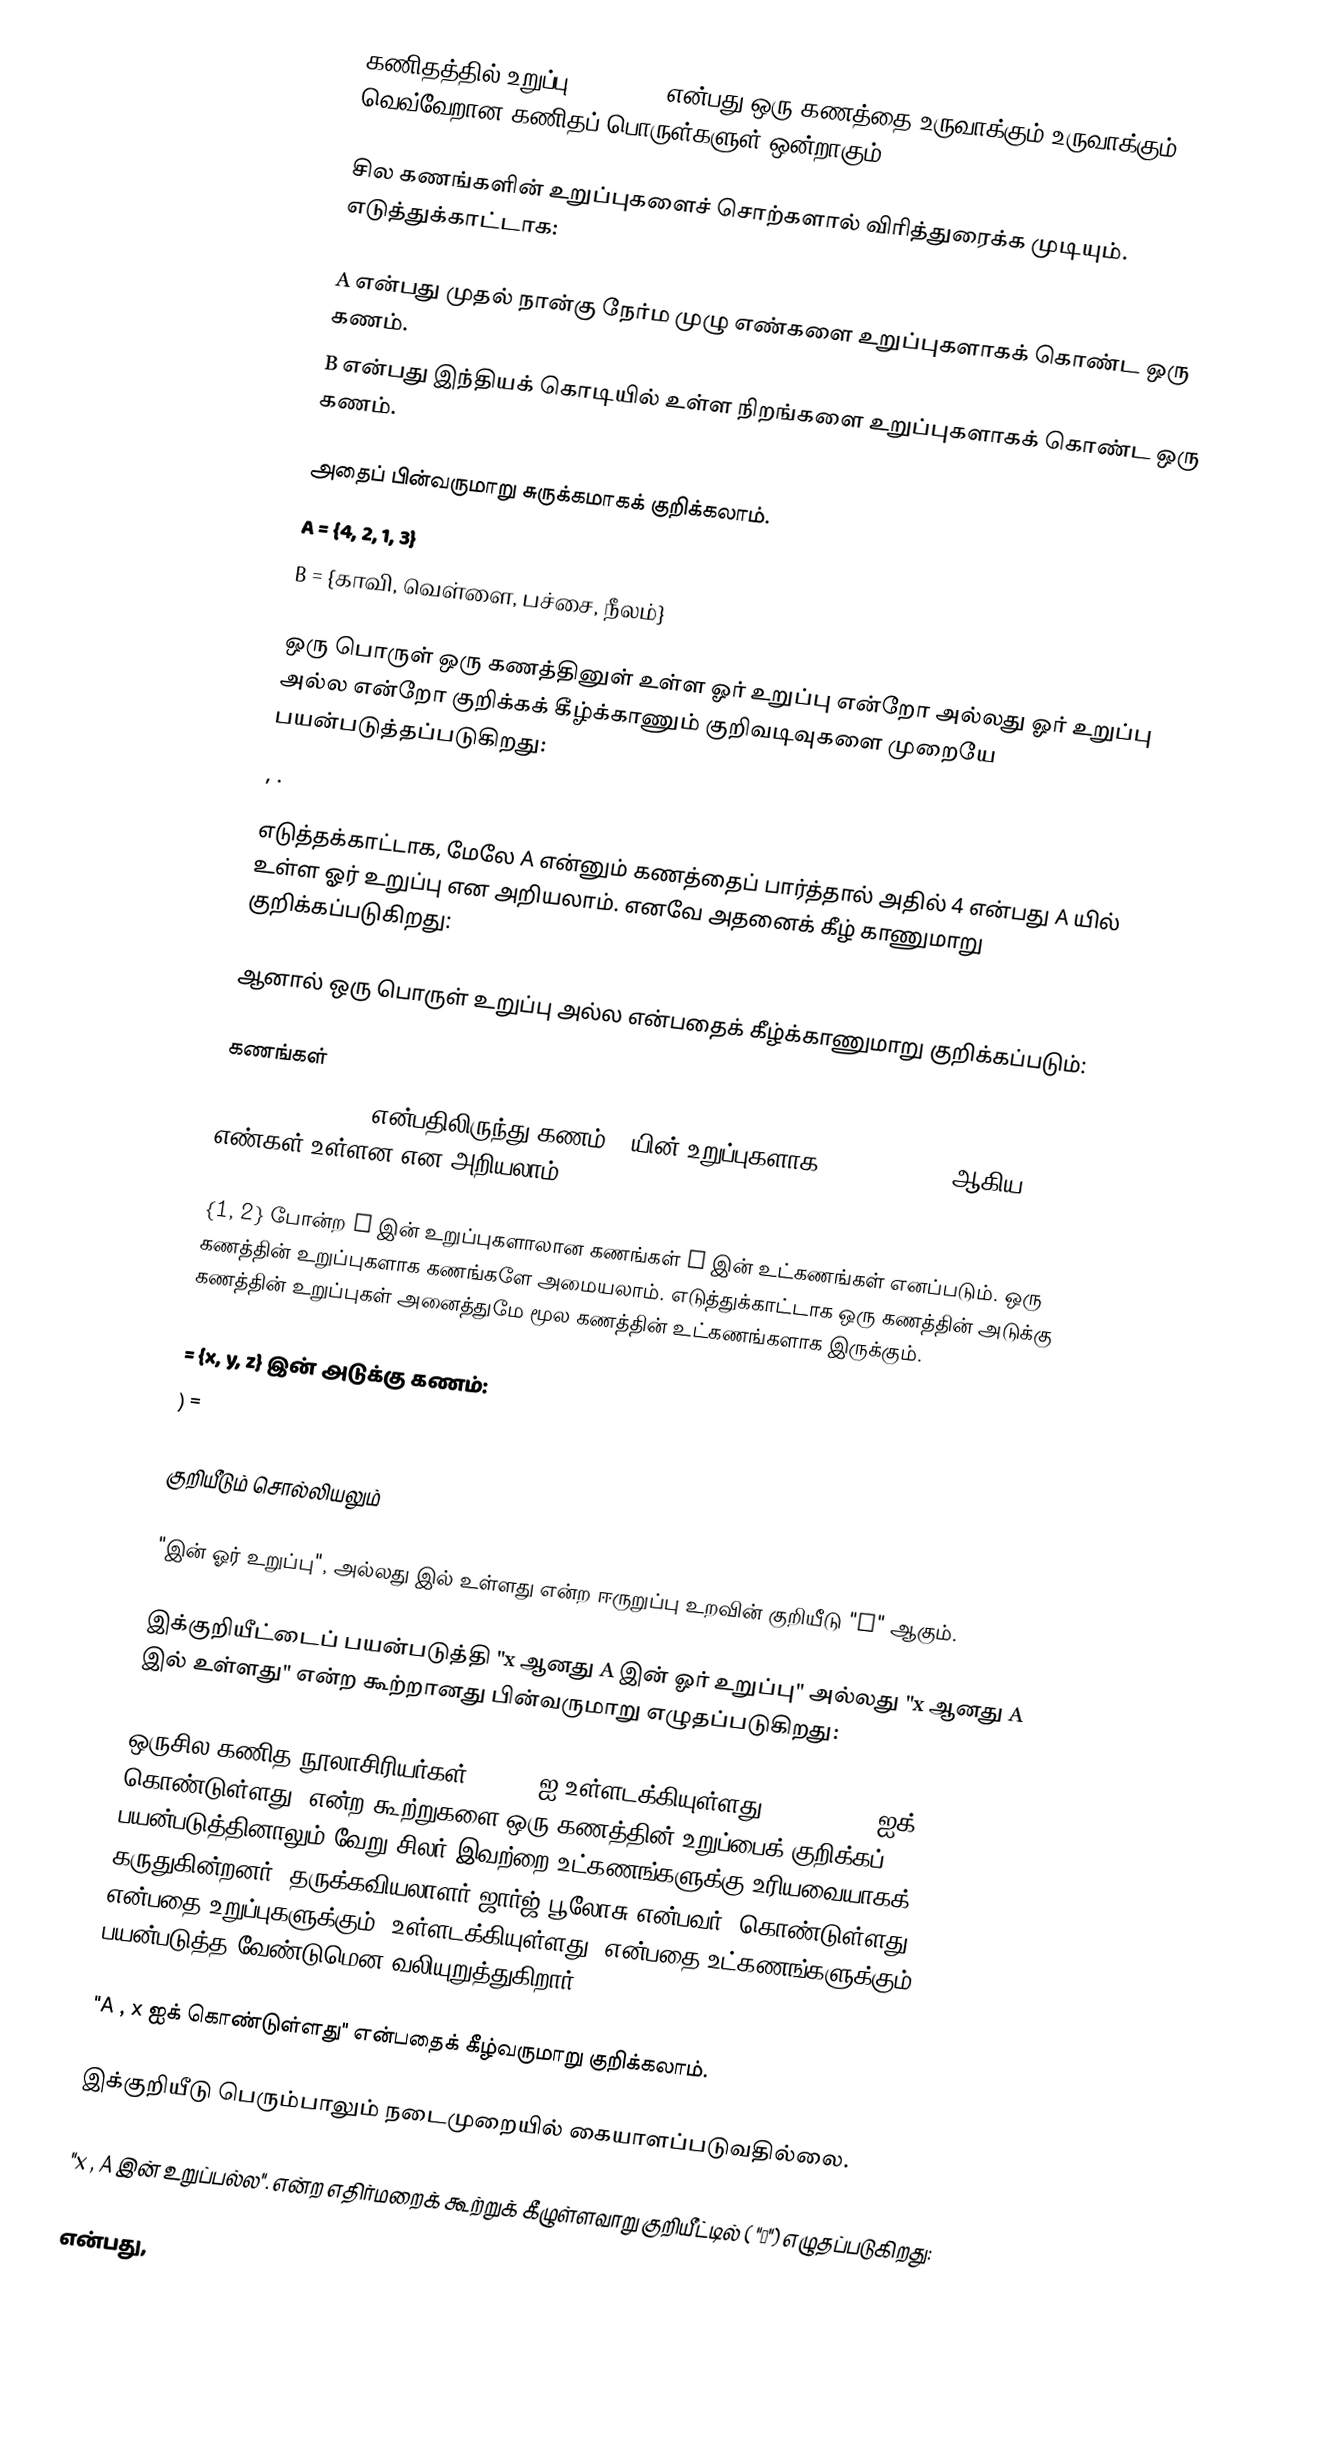
கணிதத்தில் உறுப்பு (element) என்பது ஒரு கணத்தை உருவாக்கும் உருவாக்கும் வெவ்வேறான கணிதப் பொருள்களுள் ஒன்றாகும்.

சில கணங்களின் உறுப்புகளைச் சொற்களால் விரித்துரைக்க முடியும். எடுத்துக்காட்டாக:

A என்பது முதல் நான்கு நேர்ம முழு எண்களை உறுப்புகளாகக் கொண்ட ஒரு கணம்.
B என்பது இந்தியக் கொடியில் உள்ள நிறங்களை உறுப்புகளாகக் கொண்ட ஒரு கணம்.

அதைப் பின்வருமாறு சுருக்கமாகக் குறிக்கலாம்.
A = {4, 2, 1, 3}
B = {காவி, வெள்ளை, பச்சை, நீலம்}

ஒரு பொருள் ஒரு கணத்தினுள் உள்ள ஓர் உறுப்பு என்றோ அல்லது ஓர் உறுப்பு அல்ல என்றோ குறிக்கக் கீழ்க்காணும் குறிவடிவுகளை முறையே பயன்படுத்தப்படுகிறது:
 , .

எடுத்தக்காட்டாக, மேலே  A என்னும் கணத்தைப் பார்த்தால் அதில் 4 என்பது A யில் உள்ள ஓர் உறுப்பு என அறியலாம். எனவே அதனைக் கீழ் காணுமாறு குறிக்கப்படுகிறது:

ஆனால் ஒரு பொருள் உறுப்பு அல்ல என்பதைக் கீழ்க்காணுமாறு குறிக்கப்படும்:

கணங்கள்
A = {1, 2, 3, 4} என்பதிலிருந்து கணம் A யின் உறுப்புகளாக   1, 2, 3 and 4 ஆகிய எண்கள் உள்ளன என அறியலாம்.

{1, 2} போன்ற A இன் உறுப்புகளாலான கணங்கள் A இன் உட்கணங்கள் எனப்படும். ஒரு கணத்தின் உறுப்புகளாக கணங்களே அமையலாம். எடுத்துக்காட்டாக ஒரு கணத்தின் அடுக்கு கணத்தின் உறுப்புகள் அனைத்துமே மூல கணத்தின் உட்கணங்களாக இருக்கும்.

 = {x, y, z} இன் அடுக்கு கணம்:
) =

குறியீடும் சொல்லியலும்

"இன் ஓர் உறுப்பு", அல்லது  இல் உள்ளது  என்ற ஈருறுப்பு உறவின் குறியீடு  "∈" ஆகும்.

இக்குறியீட்டைப் பயன்படுத்தி "x ஆனது  A இன் ஓர் உறுப்பு" அல்லது "x ஆனது  A இல் உள்ளது" என்ற கூற்றானது பின்வருமாறு எழுதப்படுகிறது:

ஒருசில கணித நூலாசிரியர்கள்  "A , x ஐ உள்ளடக்கியுள்ளது" and "A , x ஐக் கொண்டுள்ளது" என்ற கூற்றுகளை ஒரு கணத்தின் உறுப்பைக் குறிக்கப் பயன்படுத்தினாலும் வேறு சிலர் இவற்றை உட்கணங்களுக்கு உரியவையாகக் கருதுகின்றனர். தருக்கவியலாளர் ஜார்ஜ் பூலோசு என்பவர் "கொண்டுள்ளது" என்பதை உறுப்புகளுக்கும் "உள்ளடக்கியுள்ளது" என்பதை உட்கணங்களுக்கும் பயன்படுத்த வேண்டுமென வலியுறுத்துகிறார்.

"A , x ஐக் கொண்டுள்ளது" என்பதைக் கீழ்வருமாறு குறிக்கலாம்.

இக்குறியீடு பெரும்பாலும் நடைமுறையில் கையாளப்படுவதில்லை.

"x , A இன் உறுப்பல்ல". என்ற எதிர்மறைக் கூற்றுக் கீழுள்ளவாறு குறியீட்டில் ( "∉") எழுதப்படுகிறது:

 என்பது,